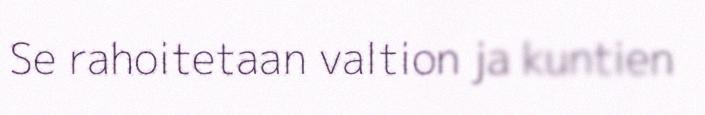
Se rahoitetaan valtion ja kuntien